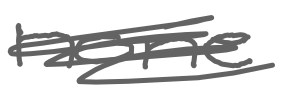
Text: none
Cross-out: scratch
Writing tool: digital_gray